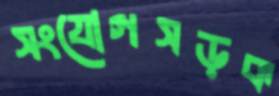
সংযোগসড়ক